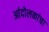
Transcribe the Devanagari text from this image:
आंदोलकांचा